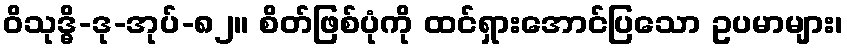
ဝိသုဒ္ဓိ-ဒု-အုပ်-၈၂။ စိတ်ဖြစ်ပုံကို ထင်ရှားအောင်ပြသော ဥပမာများ၊